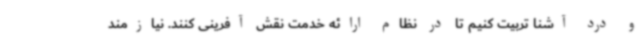
و درد آشنا تربیت کنیم تا در نظام ارائه خدمت نقش آفرینی کنند. نیازمند